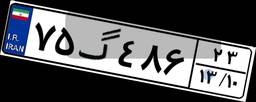
۷۵گ۴۸۶۲۳